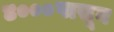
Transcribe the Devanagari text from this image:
४०००पासून